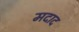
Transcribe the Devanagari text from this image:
मदाद